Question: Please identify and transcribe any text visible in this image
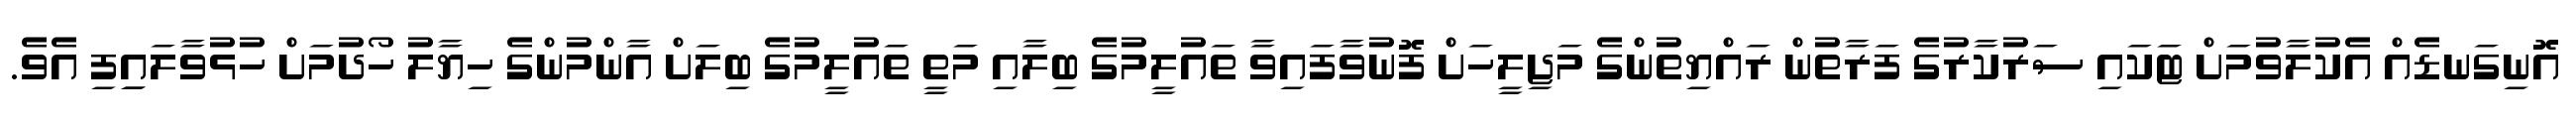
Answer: އޮނިގަނޑެއް އެކުލާވުމަށް ޓަކައި ސަރުކާރުގެ ފަރާތުން ރައްޔިތުންގެ މަޖިލީހަށް ފޮނުވާފައިވާ ތައުލީމުގެ ބިލާއި މަތީ ތައުލީމުގެ ބިލަށް އާންމުންގެ ހިޔާލު ހޯދުމަށް ހުޅުވާލައިިފި އެވެ.